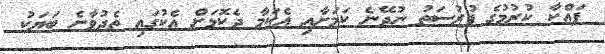
ފައްކާ ކުރުމުގެ ފުރުސަތު ނުދޭނެ ކަމަށާއި އެކަމާ ދެކޮޅަށް އެކުގައި ތެދުވާނެ ބަޔަކު